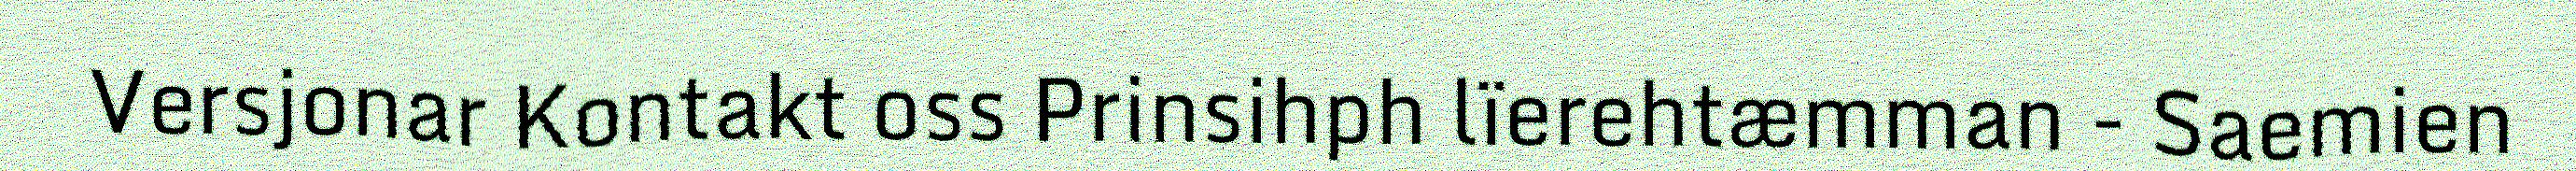
Versjonar Kontakt oss Prinsihph lïerehtæmman - Saemien